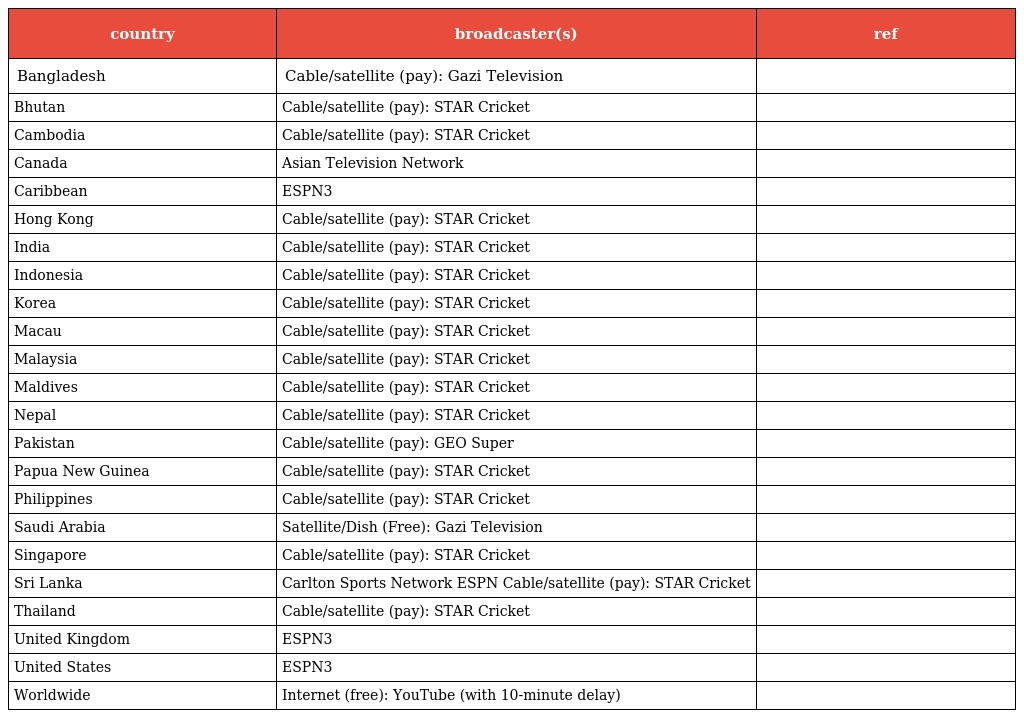
| country | broadcaster(s) | ref |
 | --- | --- | --- |
 | Bangladesh | Cable/satellite (pay): Gazi Television |  |
 | Bhutan | Cable/satellite (pay): STAR Cricket |  |
 | Cambodia | Cable/satellite (pay): STAR Cricket |  |
 | Canada | Asian Television Network |  |
 | Caribbean | ESPN3 |  |
 | Hong Kong | Cable/satellite (pay): STAR Cricket |  |
 | India | Cable/satellite (pay): STAR Cricket |  |
 | Indonesia | Cable/satellite (pay): STAR Cricket |  |
 | Korea | Cable/satellite (pay): STAR Cricket |  |
 | Macau | Cable/satellite (pay): STAR Cricket |  |
 | Malaysia | Cable/satellite (pay): STAR Cricket |  |
 | Maldives | Cable/satellite (pay): STAR Cricket |  |
 | Nepal | Cable/satellite (pay): STAR Cricket |  |
 | Pakistan | Cable/satellite (pay): GEO Super |  |
 | Papua New Guinea | Cable/satellite (pay): STAR Cricket |  |
 | Philippines | Cable/satellite (pay): STAR Cricket |  |
 | Saudi Arabia | Satellite/Dish (Free): Gazi Television |  |
 | Singapore | Cable/satellite (pay): STAR Cricket |  |
 | Sri Lanka | Carlton Sports Network ESPN Cable/satellite (pay): STAR Cricket |  |
 | Thailand | Cable/satellite (pay): STAR Cricket |  |
 | United Kingdom | ESPN3 |  |
 | United States | ESPN3 |  |
 | Worldwide | Internet (free): YouTube (with 10-minute delay) |  |